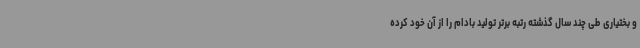
و بختیاری طی چند سال گذشته رتبه برتر تولید بادام را از آن خود کرده